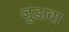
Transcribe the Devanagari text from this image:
जुडावा